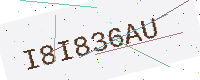
Text: I8I836AU